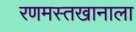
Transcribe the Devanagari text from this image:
रणमस्तखानाला